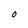
Character: O